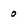
Character: 0